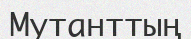
Мутанттың